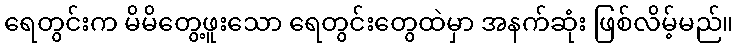
ရေတွင်းက မိမိတွေ့ဖူးသော ရေတွင်းတွေထဲမှာ အနက်ဆုံး ဖြစ်လိမ့်မည်။